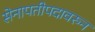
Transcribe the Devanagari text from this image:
सेनापतीपदावरुन